Leaving Certificate Examination (including Day School Certificate (Higher) General paper), 1937
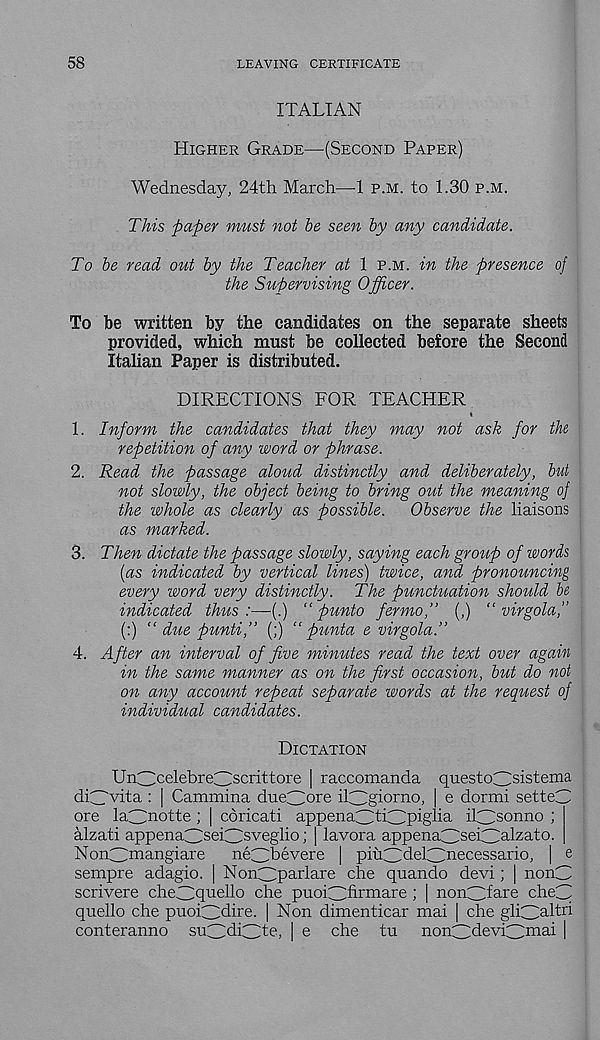
58
LEAVING CERTIFICATE
ITALIAN
Higher Grade—(Second Paper)
Wednesday, 24th March—1 p.m. to 1.30 p.m.
This paper must not be seen by any candidate.
To be read out by the Teacher at 1 p.m. in the presence of
the Supervising Officer.
To be written by the candidates on the separate sheets
provided, which must be collected before the Second
Italian Paper is distributed.
DIRECTIONS FOR TEACHER *
1. Inform the candidates that they may not ask for the
repetition of any word or phrase.
2. Read the passage aloud distinctly and deliberately, but
not slowly, the object being to bring out the meaning of
the whole as clearly as possible.
Observe the liaisons
as marked.
3. Then dictate the passage slowly, saying each group of words
{as indicated by vertical lines) twice, and pronouncing
every word very distinctly. The punctuation should be
indicated thus:—(.) “ punto fermo,” (,) “ virgola,"
(:) “ due punti,” (;) “ punta e virgola.”
4. After an interval of five minutes read the text over again
in the same manner as on the first occasion, but do not
on any account repeat separate words at the request of
individual candidates.
Dictation
Un^celebreClscrittore | raccomanda questo3 s i s t ema
diCTvita : | Cammina dueCC 01 ' 6 il:3gi orno > e dormi setteC
ore laCC n°t te; | coricati appenaCTiCpiglia ilCi sonno !
alzati appenaCCseiCCsveglio; | lavora appenaCCseiOlzato.
NonCC m angiare
neCTevere | piuCMelCTecessario, | e
sempre adagio. | NonCCparlare che quando devi; | nonC
scrivere cheiETuello che puoi3firmare ; | nonCdare cheC
quello che puoiCCdire. | Non dimenticar mai | che glpO-ltri
conteranno suCMiCAe, | e che tu non3devi3 ma i I